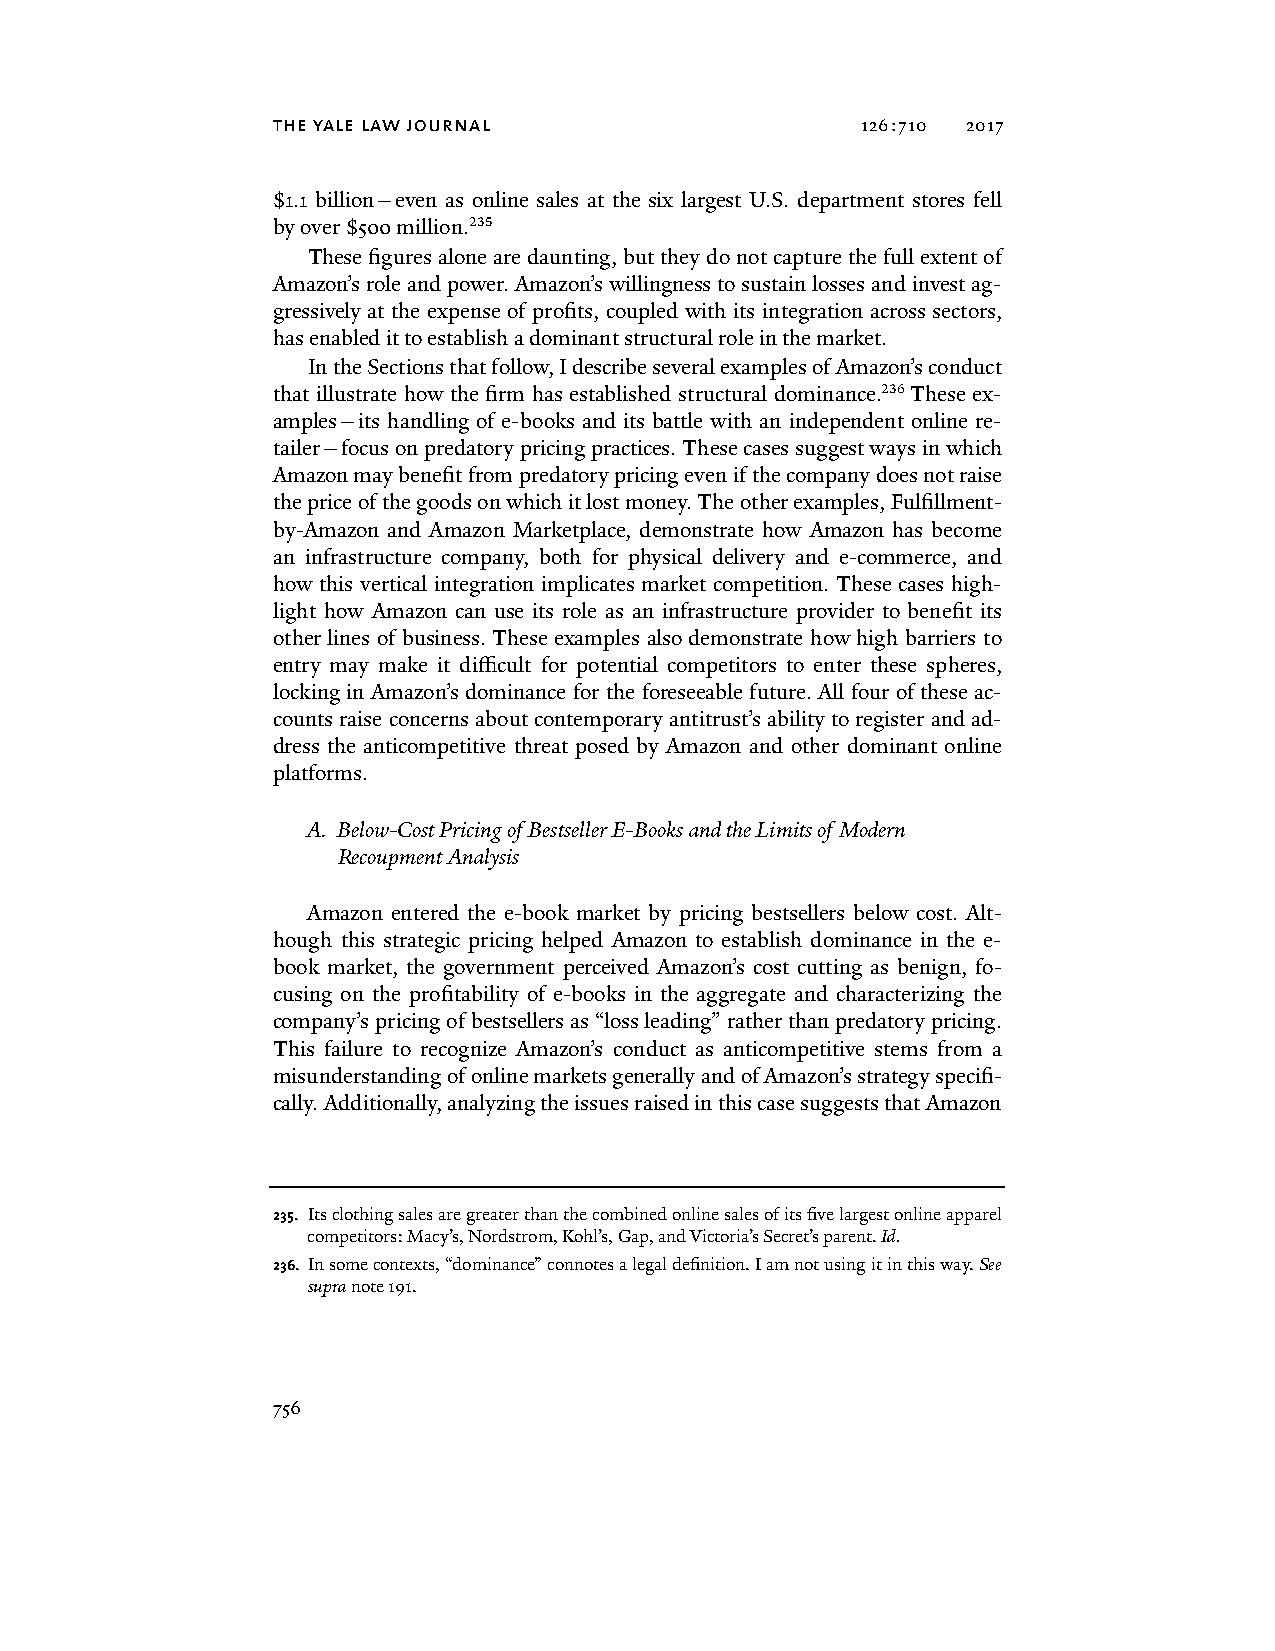
the yale law journal                   126:710 2017
 $1.1 billion—even as online sales at the six largest U.S. department stores fell
 by over $500 million.235
 These figures alone are daunting, but they do not capture the full extent of
 Amazon’s role and power. Amazon’s willingness to sustain losses and invest ag-
 gressively at the expense of profits, coupled with its integration across sectors,
 has enabled it to establish a dominant structural role in the market.
 In the Sections that follow, I describe several examples of Amazon’s conduct
 that illustrate how the firm has established structural dominance.236 These ex-
 amples—its handling of e-books and its battle with an independent online re-
 tailer—focus on predatory pricing practices. These cases suggest ways in which
 Amazon may benefit from predatory pricing even if the company does not raise
 the price of the goods on which it lost money. The other examples, Fulfillment-
 by-Amazon and Amazon Marketplace, demonstrate how Amazon has become
 an infrastructure company, both for physical delivery and e-commerce, and
 how this vertical integration implicates market competition. These cases high-
 light how Amazon can use its role as an infrastructure provider to benefit its
 other lines of business. These examples also demonstrate how high barriers to
 entry may make it difficult for potential competitors to enter these spheres,
 locking in Amazon’s dominance for the foreseeable future. All four of these ac-
 counts raise concerns about contemporary antitrust’s ability to register and ad-
 dress the anticompetitive threat posed by Amazon and other dominant online
 platforms.
 A. Below-Cost Pricing of Bestseller E-Books and the Limits of Modern
 Recoupment Analysis
 Amazon entered the e-book market by pricing bestsellers below cost. Alt-
 hough this strategic pricing helped Amazon to establish dominance in the e-
 book market, the government perceived Amazon’s cost cutting as benign, fo-
 cusing on the profitability of e-books in the aggregate and characterizing the
 company’s pricing of bestsellers as “loss leading” rather than predatory pricing.
 This failure to recognize Amazon’s conduct as anticompetitive stems from a
 misunderstanding of online markets generally and of Amazon’s strategy specifi-
 cally. Additionally, analyzing the issues raised in this case suggests that Amazon
 235. Its clothing sales are greater than the combined online sales of its five largest online apparel
 competitors: Macy’s, Nordstrom, Kohl’s, Gap, and Victoria’s Secret’s parent. Id.
 236. In some contexts, “dominance” connotes a legal definition. I am not using it in this way. See
 supra note 191.
 756